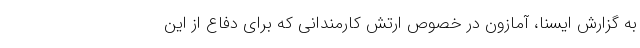
به گزارش ایسنا، آمازون در خصوص ارتش کارمندانی که برای دفاع از این